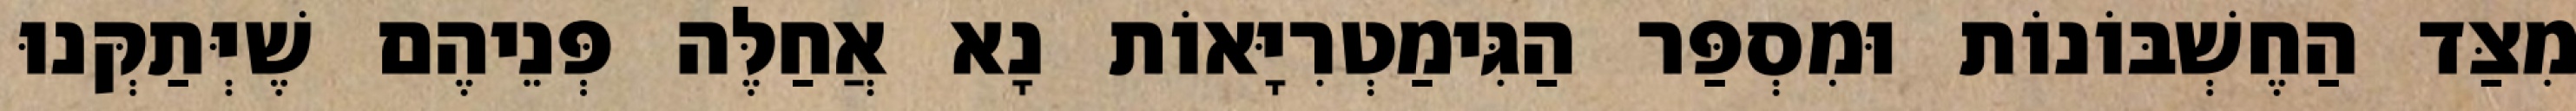
מִצַּד הַחֶשְׁבּוֹנוֹת וּמִסְפַּר הַגִּימַטְרִיָּאוֹת נָא אֲחַלֶּה פְּנֵיהֶם שֶׁיְּתַקְּנוּ